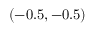
( - 0 . 5 , - 0 . 5 )